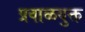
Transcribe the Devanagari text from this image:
प्रवाळयुक्त